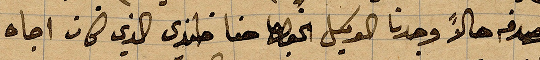
والصدفة حالا وجدنا الوكيل الخوري حنا افندي الذا كان اجاه